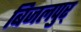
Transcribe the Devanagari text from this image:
बिजलपुर्